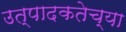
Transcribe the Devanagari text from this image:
उत्पादकतेच्या